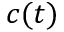
c ( t )